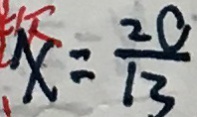
x : \frac { 2 0 } { 1 3 }